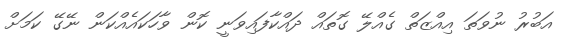
އަބުރު ނުވަތަ އިއްޒަތް ގެއްލޭ ގޮތައް ދައްކާފައިވަނީ ކޮން ވާހަކައެއްކަން ނޭގޭ ކަމަށް